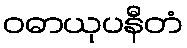
ဝဓာယုပနီတံ